Annual report on the Civil Veterinary Department, Burma (including the Insein Veterinary School) - 1923-1931
Year: 1923
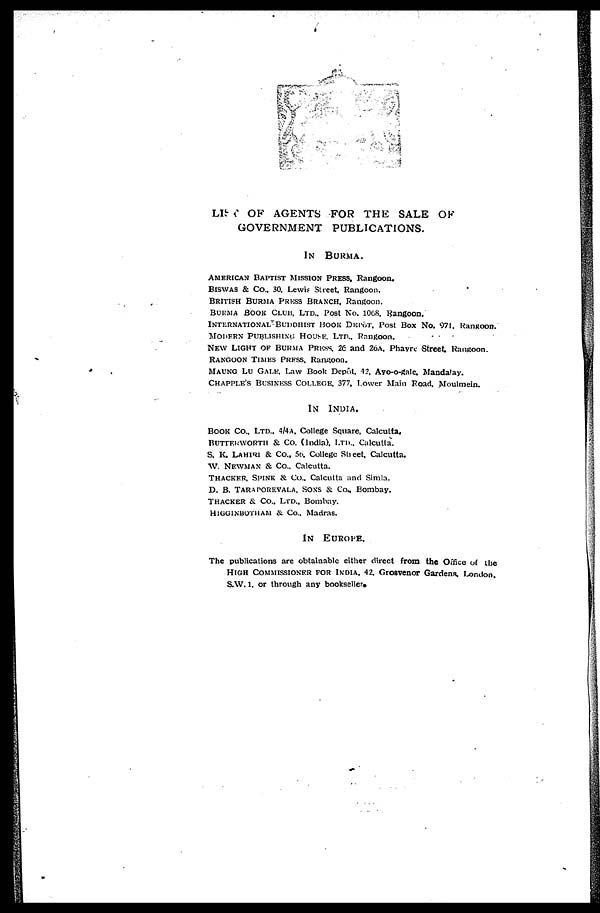
LIST OF AGENTS FOR THE SALE OK
GOVERNMENT PUBLICATIONS.
IN BURMA.
AMERICAN BAPTIST MISSION PRESS. Rangoon.
BISWAS & Co., 30. Lewis Street, Rangoon.
BRITISH BURMA PRESS BRANCH, Rangoon.
BURMA BOOK CLUB, LTD., Post No. 1068. Rangoon.
INTERNATIONAL BUDDHIST BOOK DEPÔT, Post Box No. 971. Rangoon.
MODERN PUBUSHING HOUSE, LTD., Rangoon.
NEW LIGHT OF BURMA PRESS. 26 and 26A, Phavre Street, Rangoon.
RANGOON TIMES PRESS, Rangoon.
MAUNG LU GALE, Law Book Depôt, 42, Ayo-o-gale, Mandalay.
CHAPPLE'S BUSINESS COLLEGE, 377, Lower Main Road, Moulmein.
IN
INDIA.
BOOK Co., LTD., 4/4A, College Square, Calcutta,
BUTTERWORTH & Co. (India), LTD., Calcutta.
S. K. LAHIRI & Co., 56, College Street, Calcutta.
W. NEWMAN & Co., Calcutta.
THACKER, SPINK & Co., Calcutta and Simla.
D. B. TARAPOREVALA, SONS & Co., Bombay,
THACKER & Co., LTD., Bombay.
HIGGINBOTHAM & Co., Madras.
IN EUROPE.
The publications are obtainable either direct from the Office of the
HIGH COMMISSIONER FOR INDIA, 42. Grosvenor Gardens, London.
S.W. 1, or through any bookseller.